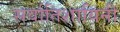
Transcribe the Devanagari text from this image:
सर्वातिशायिनी